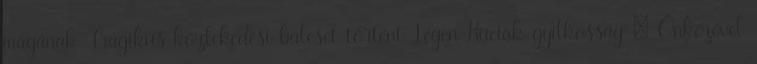
magának Tragikus közlekedési baleset történt Légen Kuciak-gyilkosság – Önkezével